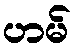
ဟမ်